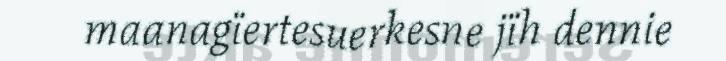
maanagïertesuerkesne jïh dennie